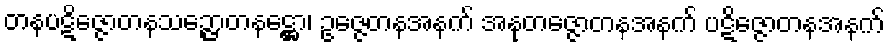
တနပဋိဇ္ဇောတနသဉ္ဇောတနဋ္ဌော၊ ဥဇ္ဇေတနအနက် အနုတဇ္ဇောတနအနက် ပဋိဇ္ဇောတနအနက်